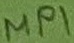
Text: MP1